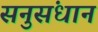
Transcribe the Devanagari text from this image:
सनुसंधान